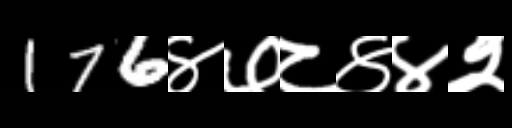
Text: 176४७८४४२